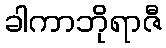
ခါကာဘိုရာဇီ